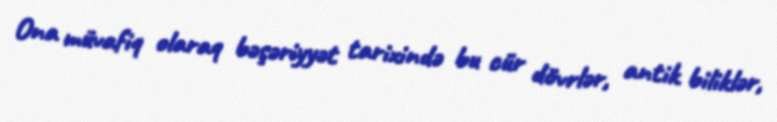
Ona müvafiq olaraq bəşəriyyət tarixində bu cür dövrlər, antik biliklər,